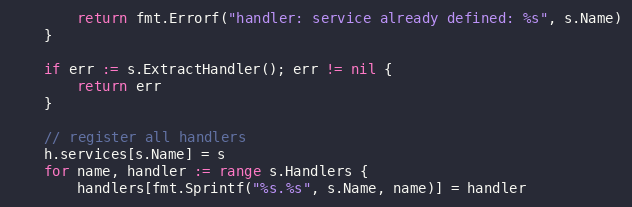
Language: Go
		return fmt.Errorf("handler: service already defined: %s", s.Name)
	}

	if err := s.ExtractHandler(); err != nil {
		return err
	}

	// register all handlers
	h.services[s.Name] = s
	for name, handler := range s.Handlers {
		handlers[fmt.Sprintf("%s.%s", s.Name, name)] = handler